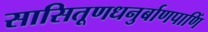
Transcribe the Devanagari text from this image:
सासितूणधनुर्बाणपाणिं